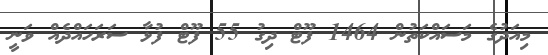
މިއަދުގެ މަސައްކަތުން 1464 ފޫޓް ދިގު 55 ފޫޓް ފުޅާ ސަރަހައްދެއް ވަނީ